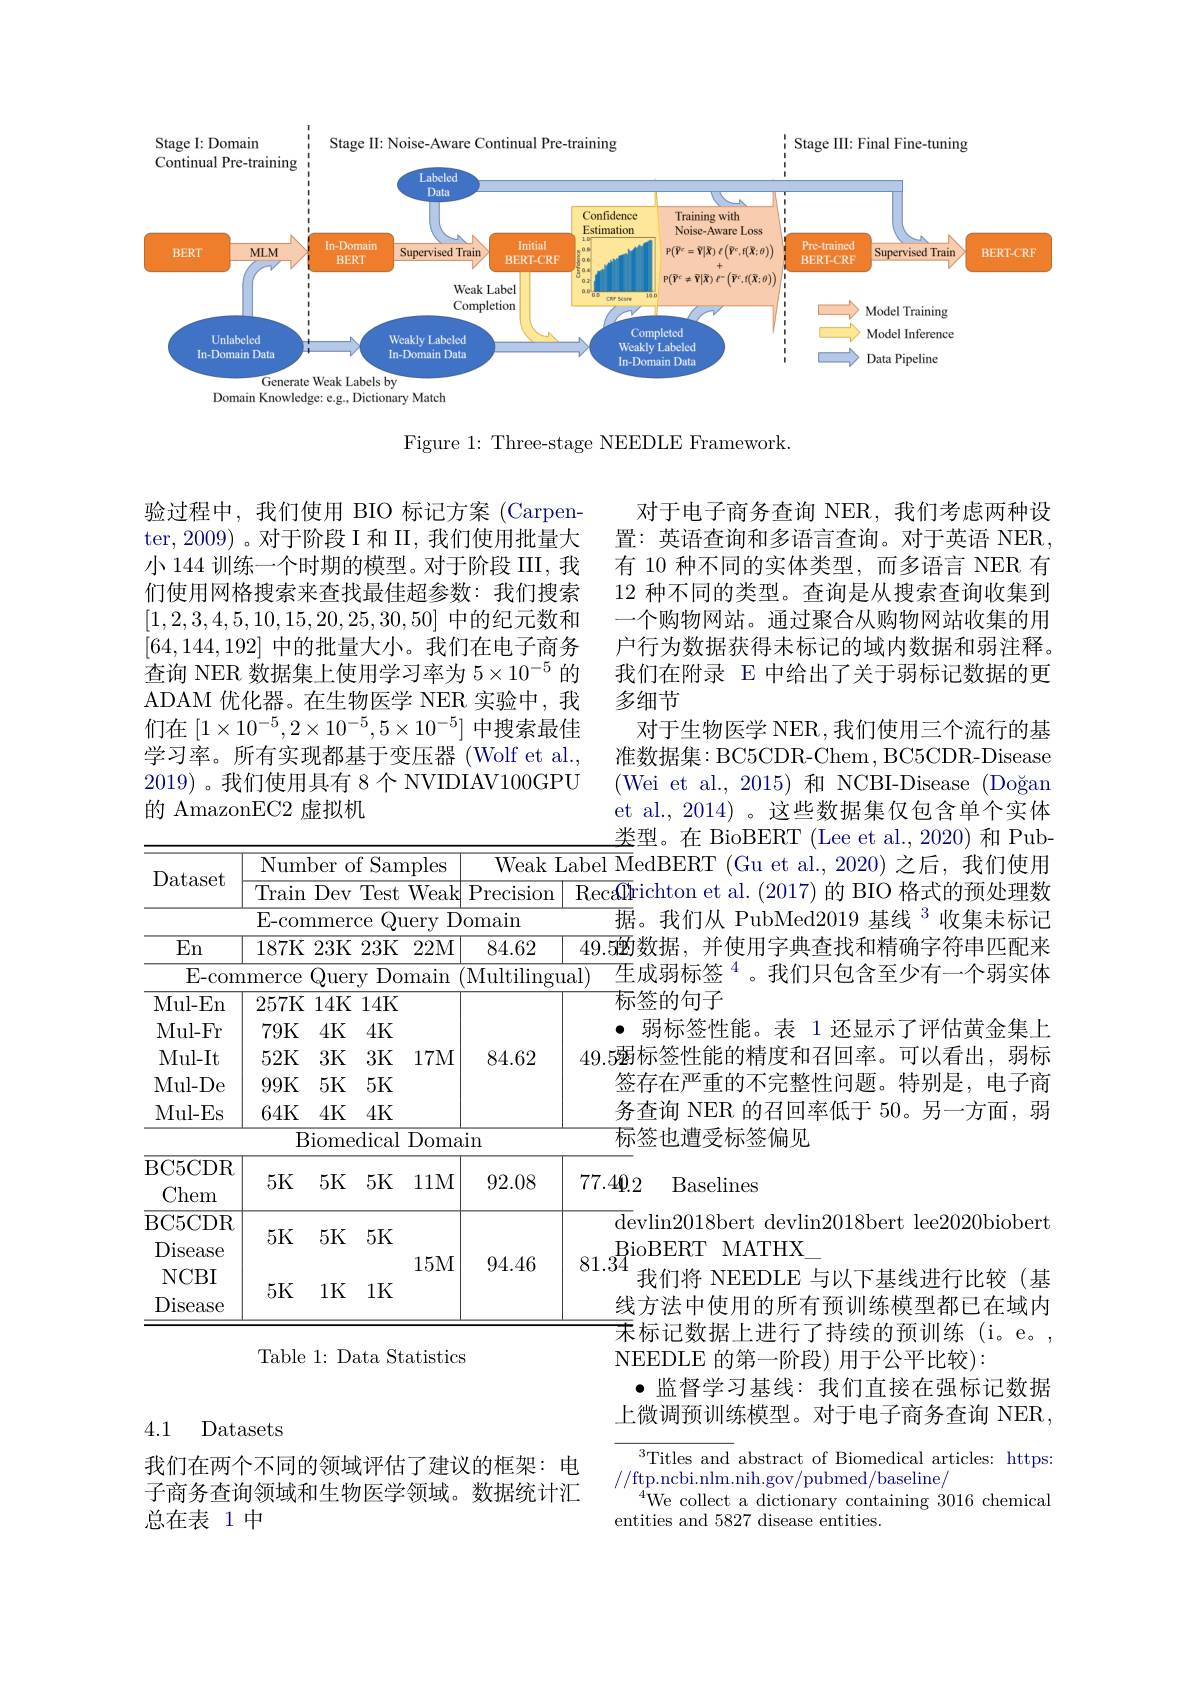
<FigureHere>

Figure 1: Three-stage NEEDLE Framework.

验过程中，我们使用 BIO 标记方案 (Carpenter, 2009) 。对于阶段 I 和 II, 我们使用批量大小 144 训练一个时期的模型。对于阶段 III, 我们使用网格搜索来查找最佳超参数：我们搜索[1,2,3,4,5,10,15,20,25,30,50]中的纪元数和[64,144,192]中的批量大小。我们在电子商务查询 NER 数据集上使用学习率为$5\times10^{-5}$的ADAM 优化器。在生物医学 NER 实验中，我们在$\left[1\times10^{-5},2\times10^{-5},5\times10^{-5}\right]$中搜索最佳学习率。所有实现都基于变压器(Wolf et al., 2019)。我们使用具有 8 个 NVIDIAV100GPU 的 AmazonEC2 虚拟机

对于电子商务查询 NER,我们考虑两种设置：英语查询和多语言查询。对于英语 NER, 有 10 种不同的实体类型，而多语言 NER 有12 种不同的类型。查询是从搜索查询收集到一个购物网站。通过聚合从购物网站收集的用户行为数据获得未标记的域内数据和弱注释。我们在附录 E 中给出了关于弱标记数据的更多细节
对于生物医学 NER ,我们使用三个流行的基准数据集：BC5CDR-Chem , BC5CDR-Disease (Wei et al., 2015)和 NCBI-Disease (Doğan et al., 2014) 。这些数据集仅包含单个实体类型。在 BioBERT (Lee et al., 2020) 和 Pub-
Reca0trichton et al.(2017)的 BIO 格式的预处理数
据。我们从 PubMed2019 基线 $^{3}$收集未标记$\overline{49.5\text{囪数据，并使用字典查找和精确字符串匹配来}}$
$\text{至成弱标签 }^{4}$。我们只包含至少有一个弱实体· 弱标签性能。表 1 还显示了评估黄金集上
49.5溺标签性能的精度和召回率。可以看出，弱标
签存在严重的不完整性问题。特别是，电子商务查询 NER 的召回率低于 50。另一方面，弱标签也遭受标签偏见

<table>
	<tbody>
		<tr>
			<th rowspan="2">Dataset</th>
			<th>Numb</th>
			<th>of Samples er</th>
			<th>Weak $\zeta I$</th>
			<th rowspan="1">Weak Label M 1</th>
		</tr>
		<tr>
			<th>Train</th>
			<th>Test Weak ${\mathrm{Dev}}$</th>
			<th>Pr recision</th>
			<th>$\operatorname{Recdlr}$</th>
		</tr>
		<tr>
			<td> </td>
			<td>E-com:</td>
			<td>Query D merce</td>
			<td>omain</td>
			<td>据</td>
		</tr>
		<tr>
			<td>En</td>
			<td>187K</td>
			<td>3K 23K 22M</td>
			<td>84.62</td>
			<td>$\overline{49.5\text{的}}$</td>
		</tr>
		<tr>
			<td>E- com</td>
			<td>merce</td>
			<td>Domain uery</td>
			<td>$\overline{\mathrm{Multilingu}}$</td>
			<td>$\overline{{\text{生}}}$ al)</td>
		</tr>
		<tr>
			<td>Mul- En</td>
			<td>257K</td>
			<td>4K 14K</td>
			<td> </td>
			<td>标</td>
		</tr>
		<tr>
			<td>Mul- Fr</td>
			<td>79K</td>
			<td>4K 4K</td>
			<td> </td>
			<td>0</td>
		</tr>
		<tr>
			<td>Mul- It</td>
			<td>52K</td>
			<td>3K 3K 17M</td>
			<td>84.62</td>
			<td>49.5溺</td>
		</tr>
		<tr>
			<td>$LML$ 1 $Mul_{-}$ 1 -</td>
			<td>VHLL</td>
			<td>4 L , 5K $5K$</td>
			<td>$L\bullet V=$</td>
			<td>LVIVE</td>
		</tr>
		<tr>
			<td>$\mu\mu LD$ -4 Mul-Fs 1.</td>
			<td>$\psi\psi\Pi$ $K$</td>
			<td>,2 UL 1 4K 4K</td>
			<td> </td>
			<td>1 1 V L 各</td>
		</tr>
		<tr>
			<td>$^{1}\boldsymbol{A}\boldsymbol{u}\boldsymbol{L}$ L</td>
			<td>$\mathbf{L}\boldsymbol{L}\boldsymbol{L}$ Bi</td>
			<td>medical Doma</td>
			<td>in</td>
			<td>标</td>
		</tr>
		<tr>
			<td>BC5CDR Chem</td>
			<td>5K</td>
			<td>5K 5K 11M</td>
			<td>92.08</td>
			<td>$77.4\boldsymbol{0}.$</td>
		</tr>
		<tr>
			<td>BC5CDR Disease</td>
			<td>5K</td>
			<td>5K 5K</td>
			<td> </td>
			<td>$\overline{\mathrm{de}}$ Bi</td>
		</tr>
		<tr>
			<td>NCBI Disease</td>
			<td>5K</td>
			<td>15M 1K 1K</td>
			<td>94.46</td>
			<td>81.34 线</td>
		</tr>
		<tr>
			<td> </td>
			<td> </td>
			<td> </td>
			<td> </td>
			<td>$r^{\prime}$</td>
		</tr>
	</tbody>
</table>
BioBERT MATHX\_
Table 1: Data Statistics

Baselines

$\overline{\mathrm{de}}$vlin2018bert devlin2018bert lee2020biobert
我们将 NEEDLE 与以下基线进行比较(基线方法中使用的所有预训练模型都已在域内$\overline{\text{末}}$标记数据上进行了持续的预训练(i。e。, NEEDLE 的第一阶段) 用于公平比较):
·监督学习基线：我们直接在强标记数据上微调预训练模型。对于电子商务查询 NER,

4.1 Datasets

$^{3}$Titles and abstract of Biomedical articles: https:
//ftp.ncbi.nlm.nih.gov/pubmed/baseline/
$^{4}$We collect a dictionary containing 3016 chemical
entities and 5827 disease entities.

我们在两个不同的领域评估了建议的框架：电子商务查询领域和生物医学领域。数据统计汇总在表 1 中